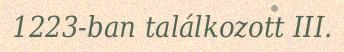
1223-ban találkozott III.